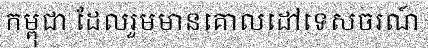
កម្ពុជា ដែលរួមមានគោលដៅទេសចរណ៍